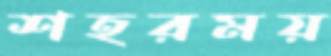
শহরময়